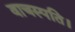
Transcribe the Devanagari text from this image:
वाचस्‍पति।